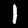
Digit: 1